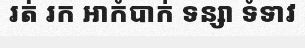
រត់ រក អាកំបាក់ ទន្សា ទំទាវ